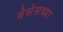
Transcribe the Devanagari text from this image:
बेसेसच्या